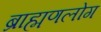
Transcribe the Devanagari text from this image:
ब्राह्मणलोग